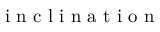
\mathrm { ~ i ~ n ~ c ~ l ~ i ~ n ~ a ~ t ~ i ~ o ~ n ~ }